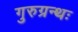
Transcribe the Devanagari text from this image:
गुरुग्रन्थः